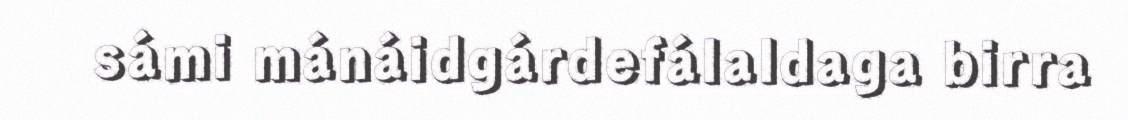
sámi mánáidgárdefálaldaga birra